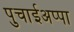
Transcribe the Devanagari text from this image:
पुचाईअप्पा